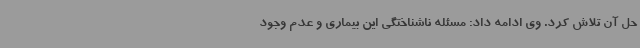
حل آن تلاش کرد. وی ادامه داد: مسئله ناشناختگی این بیماری و عدم وجود